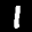
Label: 1